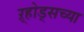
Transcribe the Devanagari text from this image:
ऱ्होड्सच्या